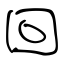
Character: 回